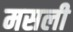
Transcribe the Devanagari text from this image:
मसली